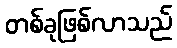
တစ်ခုဖြစ်လာသည်